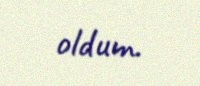
oldum.